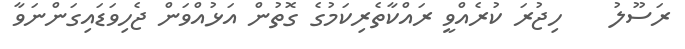
ރަސޫލު    ހިޖުރަ ކުރެއްވީ ރައްކާތެރިކަމުގެ ގޮތުން އަޅުއްވަން ޖެހިވަޑައިގަންނަވާ